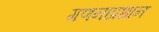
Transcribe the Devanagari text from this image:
गणनाप्रधान